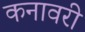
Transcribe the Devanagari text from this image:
कनावरी